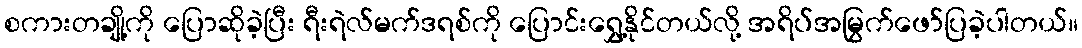
စကားတချို့ကို ပြောဆိုခဲ့ပြီး ရီးရဲလ်မက်ဒရစ်ကို ပြောင်းရွှေ့နိုင်တယ်လို့ အရိပ်အမြွက်ဖော်ပြခဲ့ပါတယ်။